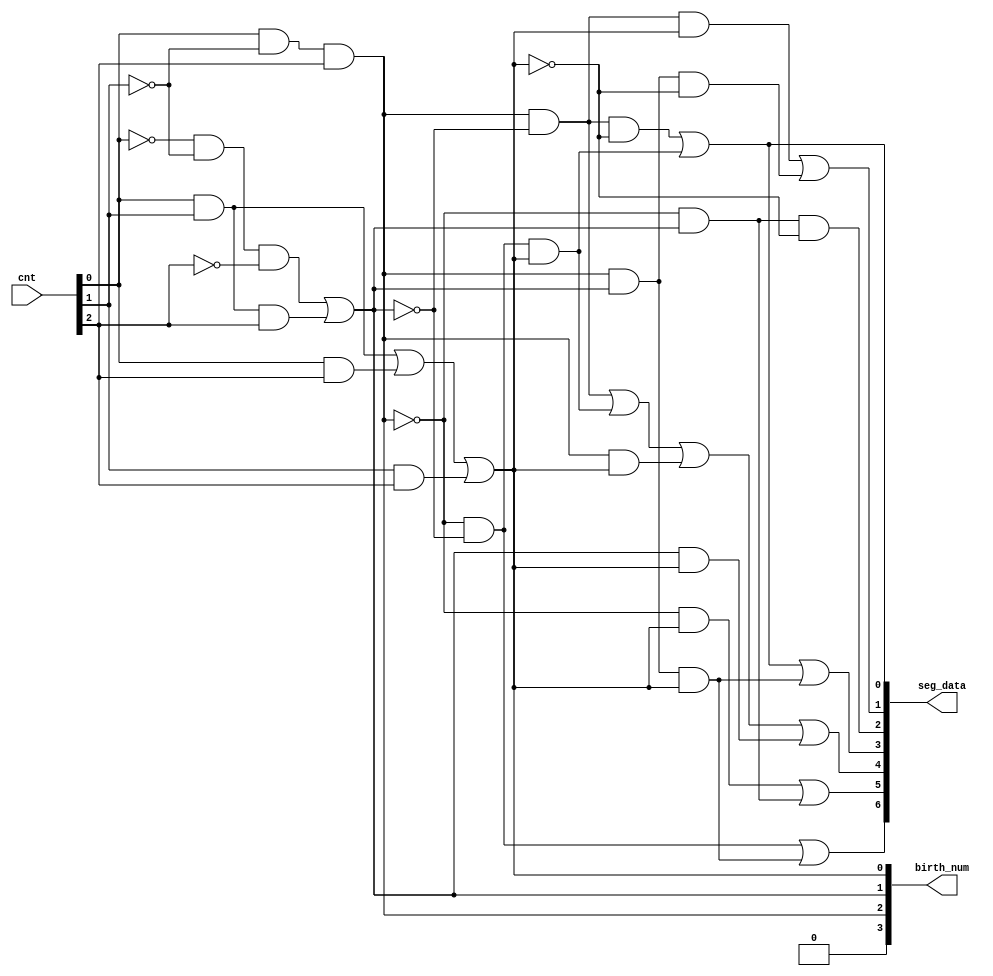
module lab5_birth(	
		input [2:0] cnt,
		output [3:0] birth_num,
		output reg [6:0] seg_data
	);

//**CODE_CONVERTER**//
//always @(*) begin
	//case(rst)
	//1'b0: birth_num <= {1'b0,cnt}
	//1'b1: 
	//begin
		assign birth_num[0] = cnt[0] & cnt[1] | cnt[0] & cnt[2] | cnt[1] & cnt[2];
		assign birth_num[1] = !cnt[0] & !cnt[1] & !cnt[2] | cnt[0] & cnt[1] & cnt[2];
		assign birth_num[2] = cnt[0] & !cnt[1] & cnt[2];
		assign birth_num[3] = 1'b0;
	//end
	//endcase
//end

//**BCD_to_7SEG**//
always@(*) begin
	seg_data[6] = (!birth_num[3] & !birth_num[2] & !birth_num[1]) | (!birth_num[3] & birth_num[2] & birth_num[1] & birth_num[0]);
	seg_data[5] = (!birth_num[3] & !birth_num[2] & birth_num[0]) | (!birth_num[3] & !birth_num[2] & birth_num[1]);
	seg_data[4] = (!birth_num[3] & birth_num[2] & !birth_num[1]) | (!birth_num[2] & !birth_num[1] & birth_num[0]) | (!birth_num[3] & birth_num[2] & birth_num[0]) |  (!birth_num[3] & birth_num[1] & birth_num[0]);
	seg_data[3] = (!birth_num[3] & birth_num[2] & !birth_num[1] & !birth_num[0]) |  (!birth_num[3] & !birth_num[2] & !birth_num[1] & birth_num[0]) |  (!birth_num[3] & birth_num[2] & birth_num[1] & birth_num[0]);
	seg_data[2] = (!birth_num[3] & !birth_num[2] & birth_num[1] & !birth_num[0]);
	seg_data[1] = (!birth_num[3] & birth_num[2] & !birth_num[1] & birth_num[0]) |  (!birth_num[3] & birth_num[2] & birth_num[1] & !birth_num[0]);
	seg_data[0] = (!birth_num[3] & birth_num[2] & !birth_num[1] & !birth_num[0]) |  (!birth_num[3] & !birth_num[2] & !birth_num[1] & birth_num[0]);
end
	
endmodule